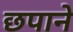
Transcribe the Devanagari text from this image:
छपाने